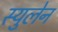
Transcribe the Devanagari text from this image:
स्युलेन